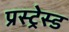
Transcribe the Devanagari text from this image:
प्रस्ट्रेस्ड